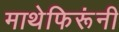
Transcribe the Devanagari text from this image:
माथेफिरूंनी